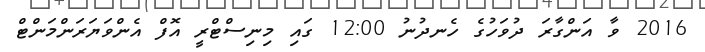
2016 ވާ އަންގާރަ ދުވަހުގެ ހެނދުނު 12:00 ގައި މިނިސްޓްރީ އޮފް އެންވަޔަރަންމަންޓް